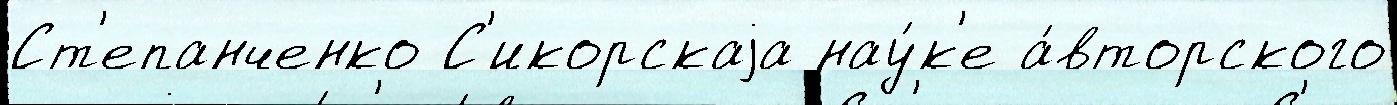
Ст'епанченко С'икорскаjа нау́к'е а́вторского